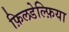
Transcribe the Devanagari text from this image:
फ़िलडेल्फ़िया